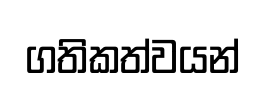
ගතිකත්වයන්